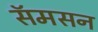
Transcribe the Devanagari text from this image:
सॅमसन